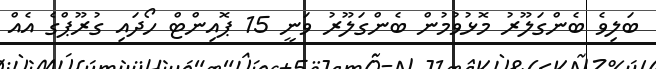
ބަލިވެ ބެންގަލޫރު މޮޅުވުމުން ބެންގަލޫރު ވަނީ 15 ޕޮއިންޓް ހޯދައި ގުރޫޕްގެ އެއް